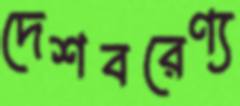
দেশবরেণ্য